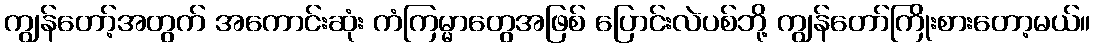
ကျွန်တော့်အတွက် အကောင်းဆုံး ကံကြမ္မာတွေအဖြစ် ပြောင်းလဲပစ်ဘို့ ကျွန်တော်ကြိုးစားတော့မယ်။